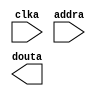
module newInstructionMem(
	clka,
	addra,
	douta);


input clka;
input [5 : 0] addra;
output [31 : 0] douta;

// synthesis translate_off

      BLK_MEM_GEN_V4_2 #(
		.C_ADDRA_WIDTH(6),
		.C_ADDRB_WIDTH(6),
		.C_ALGORITHM(1),
		.C_BYTE_SIZE(9),
		.C_COMMON_CLK(0),
		.C_DEFAULT_DATA("0"),
		.C_DISABLE_WARN_BHV_COLL(0),
		.C_DISABLE_WARN_BHV_RANGE(0),
		.C_FAMILY("virtex5"),
		.C_HAS_ENA(0),
		.C_HAS_ENB(0),
		.C_HAS_INJECTERR(0),
		.C_HAS_MEM_OUTPUT_REGS_A(0),
		.C_HAS_MEM_OUTPUT_REGS_B(0),
		.C_HAS_MUX_OUTPUT_REGS_A(0),
		.C_HAS_MUX_OUTPUT_REGS_B(0),
		.C_HAS_REGCEA(0),
		.C_HAS_REGCEB(0),
		.C_HAS_RSTA(0),
		.C_HAS_RSTB(0),
		.C_HAS_SOFTECC_INPUT_REGS_A(0),
		.C_HAS_SOFTECC_OUTPUT_REGS_B(0),
		.C_INITA_VAL("0"),
		.C_INITB_VAL("0"),
		.C_INIT_FILE_NAME("newInstructionMem.mif"),
		.C_LOAD_INIT_FILE(1),
		.C_MEM_TYPE(3),
		.C_MUX_PIPELINE_STAGES(0),
		.C_PRIM_TYPE(1),
		.C_READ_DEPTH_A(64),
		.C_READ_DEPTH_B(64),
		.C_READ_WIDTH_A(32),
		.C_READ_WIDTH_B(32),
		.C_RSTRAM_A(0),
		.C_RSTRAM_B(0),
		.C_RST_PRIORITY_A("CE"),
		.C_RST_PRIORITY_B("CE"),
		.C_RST_TYPE("SYNC"),
		.C_SIM_COLLISION_CHECK("ALL"),
		.C_USE_BYTE_WEA(0),
		.C_USE_BYTE_WEB(0),
		.C_USE_DEFAULT_DATA(0),
		.C_USE_ECC(0),
		.C_USE_SOFTECC(0),
		.C_WEA_WIDTH(1),
		.C_WEB_WIDTH(1),
		.C_WRITE_DEPTH_A(64),
		.C_WRITE_DEPTH_B(64),
		.C_WRITE_MODE_A("WRITE_FIRST"),
		.C_WRITE_MODE_B("WRITE_FIRST"),
		.C_WRITE_WIDTH_A(32),
		.C_WRITE_WIDTH_B(32),
		.C_XDEVICEFAMILY("virtex5"))
	inst (
		.CLKA(clka),
		.ADDRA(addra),
		.DOUTA(douta),
		.RSTA(),
		.ENA(),
		.REGCEA(),
		.WEA(),
		.DINA(),
		.CLKB(),
		.RSTB(),
		.ENB(),
		.REGCEB(),
		.WEB(),
		.ADDRB(),
		.DINB(),
		.DOUTB(),
		.INJECTSBITERR(),
		.INJECTDBITERR(),
		.SBITERR(),
		.DBITERR(),
		.RDADDRECC());


// synthesis translate_on

// XST black box declaration
// box_type "black_box"
// synthesis attribute box_type of newInstructionMem is "black_box"

endmodule